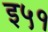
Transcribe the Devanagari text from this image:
इ५१